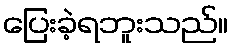
ပြေးခဲ့ရဘူးသည်။